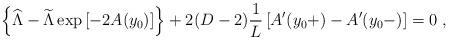
LaTeX: \begin{align*}\left\{{\widehat\Lambda}-{\widetilde\Lambda}\exp\left[-2A(y_0)\right] \right\}+2(D-2){1\over L}\left[ A^\prime(y_0+)-A^\prime(y_0-)\right]=0~,\end{align*}